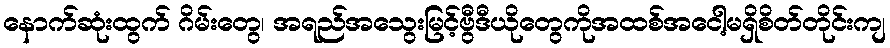
နောက်ဆုံးထွက် ဂိမ်းတွေ၊ အရည်အသွေးမြင့်ဗွီဒီယိုတွေကိုအထစ်အငေါ့မရှိစိတ်တိုင်းကျ